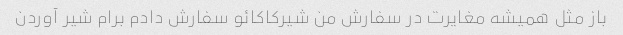
باز مثل همیشه مغایرت در سفارش من شیرکاکائو سفارش دادم برام شیر آوردن